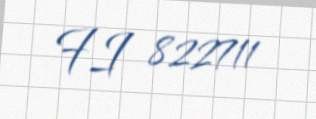
FI 822711